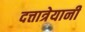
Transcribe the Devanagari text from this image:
दत्तात्रेयानी